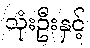
သုံးဦးနှင့်